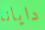
دايانا